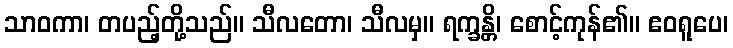
သာဝကာ၊ တပည့်တို့သည်။ သီလတော၊ သီလမှ။ ရက္ခန္တိ၊ စောင့်ကုန်၏။ ဧဝရူပေ၊